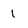
Character: 1